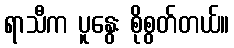
ရာသီက ပူနွေး စိုစွတ်တယ်။